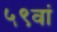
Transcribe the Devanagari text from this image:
५९वां